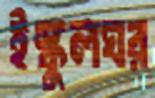
ইস্কুলঘর